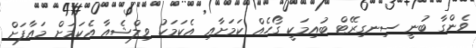
ވެންގާ ބުނީ ސިނގިރޭޓް ބުއިމަކީ ގޯހެއް ކަމަށާއި އެކަމަކު ވިލްޝެއާ އެކަމަށް މައާފަށް